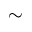
\sim